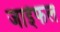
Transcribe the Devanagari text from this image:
जाईफल